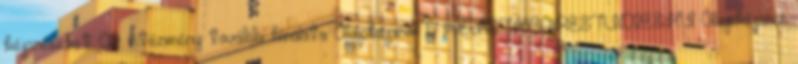
képzéseket: Az intézmény további kínálata: Alapképzés 5 HEALTHCARESTUDIES.HU Alapképzés